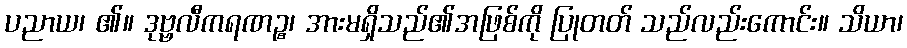
ပညာယ၊ ၏။ ဒုဗ္ဗလီကရဏဉ္စ၊ အားမရှိသည်၏အဖြစ်ကို ပြုတတ် သည်လည်းကောင်း။ သိယာ၊